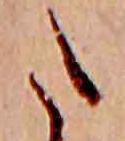
た